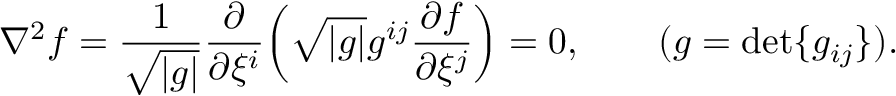
\nabla ^ { 2 } f = { \frac { 1 } { \sqrt { | g | } } } { \frac { \partial } { \partial \xi ^ { i } } } \! \left( { \sqrt { | g | } } g ^ { i j } { \frac { \partial f } { \partial \xi ^ { j } } } \right) = 0 , \qquad ( g = \mathrm { d e t } \{ g _ { i j } \} ) .